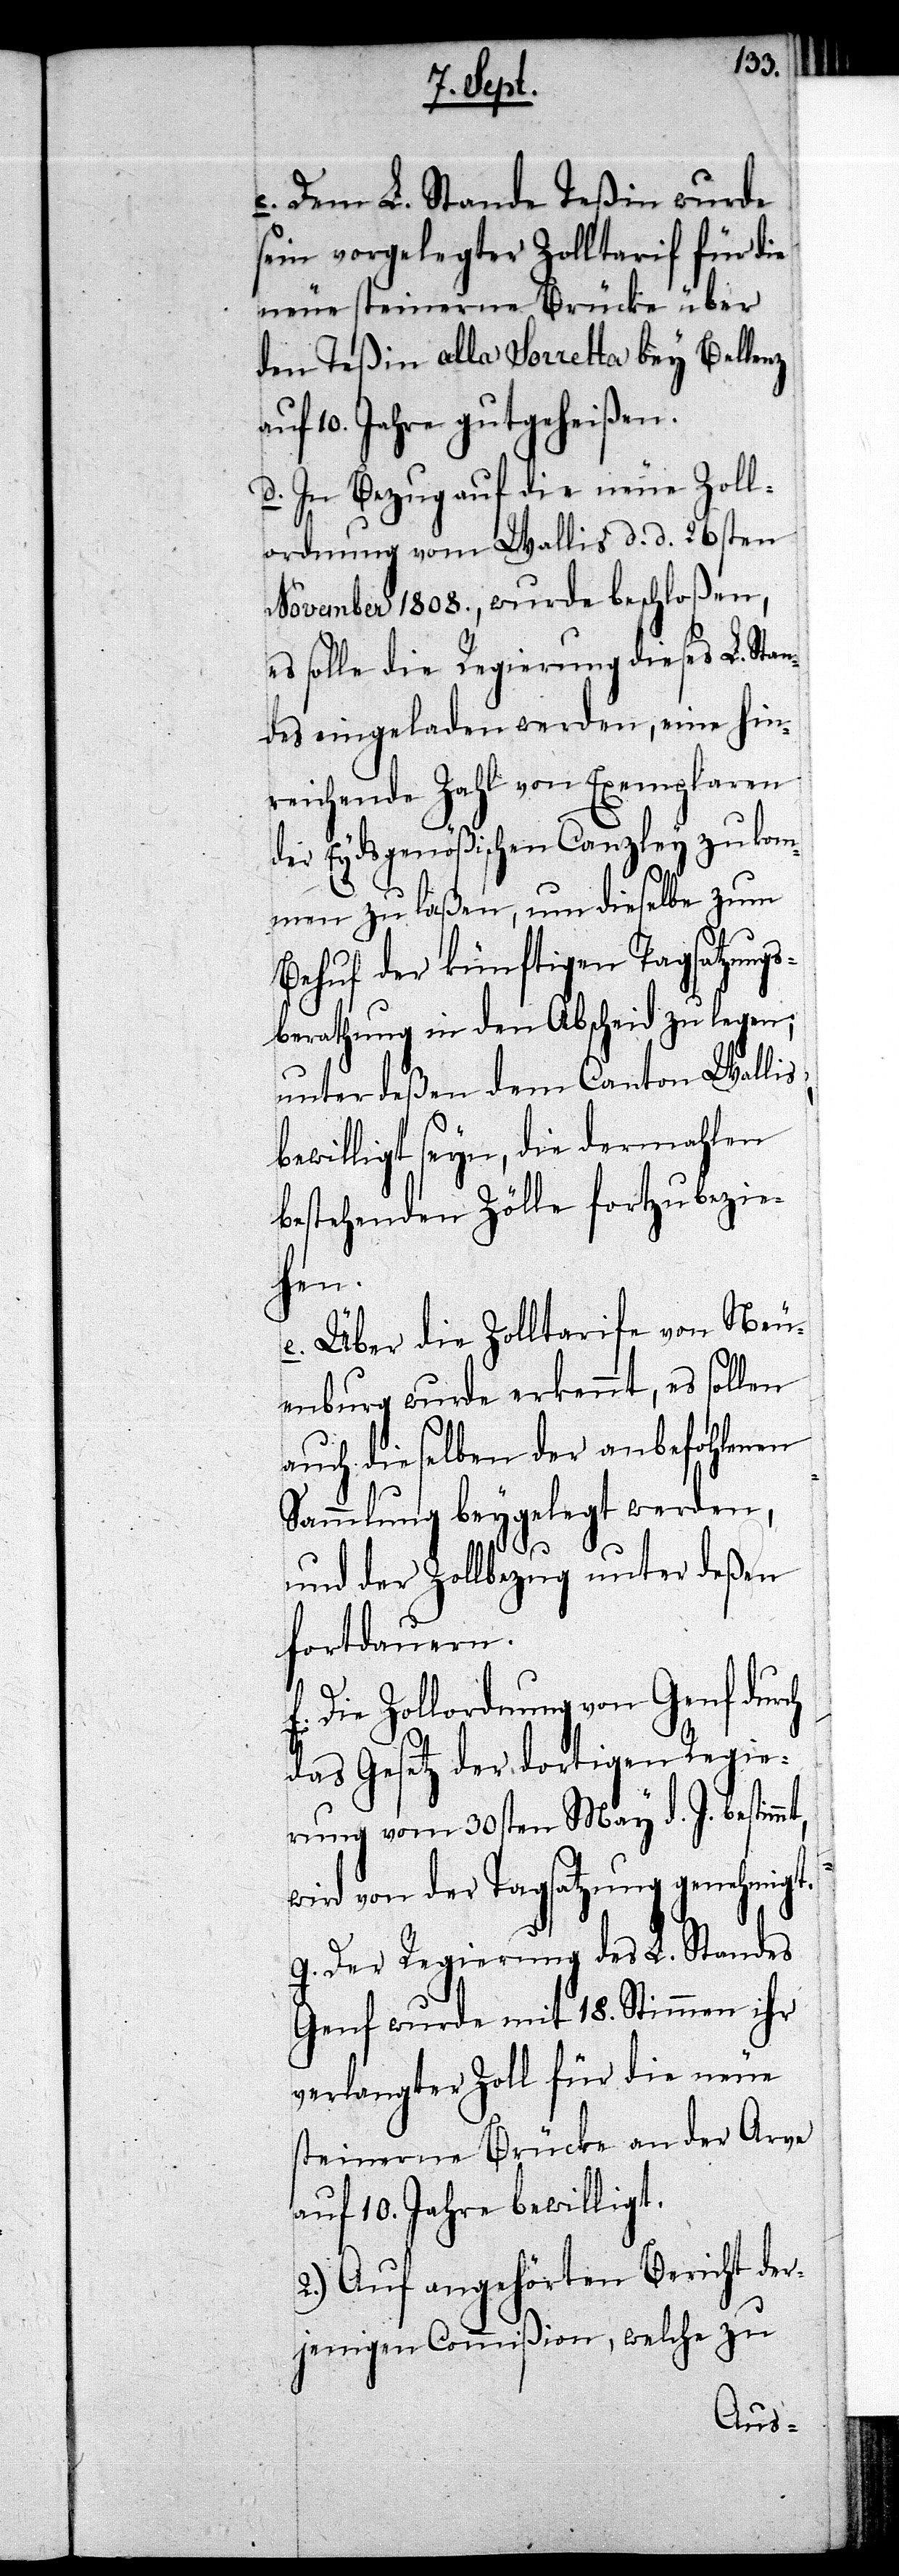
mt,
c. Dem L. Stande Teßin wurde
sein vorgelegter Zolltarif für die
neue steinerne Brücke über
den Teßin alla Sorretta bey Bellenz
uf 10. Jahre gutgeheißen.
d. In Bezug auf die neue Zoll¬
ordnung vom Wallis d. d. 26sten
November 1808., wurde beschloßen,
es solle die Regierung dieses L. Stan¬
des eingeladen werden, eine hin¬
reichende Zahl von Exemplaren
der Eydsgenößischen Canzley zukom¬
men zu laßen, um dieselbe zum
Behuf der künftigen Tagsatzungs¬
berathung in den Abscheid zu legen;
unterdeßen dem Canton Wallis
bewilligt seyn, die dermahlen
bestehenden Zölle fortzubezie¬
hen.
e. Über die Zolltarife von Neu¬
enburg wurde erkennt, es sollen
auch dieselben der anbefohlenen
Sammlung beygelegt werden,
und der Zollbezug unter deßen
fortdauern.
Die Zollordnung von Genf dur¬
das Gesetz der dortigen Regie¬
rung vom 30sten May d. J. bestim¬
wird von der Tagsatzung genehmigt.
g. Der Regierung des L. Standes
Genf wurde mit 18. Stimmen ihr
verlangter Zoll für die neue
steinerne Brücke an der Arve
auf 10. Jahre bewilligt.
2.) Auf angehörten Bericht der¬
jenigen Commißion, welche zu